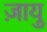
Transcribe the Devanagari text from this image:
ज़ायु